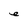
Character: e